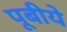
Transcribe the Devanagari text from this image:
पूबीये